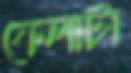
ফেলাটা